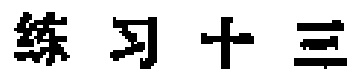
练习十三